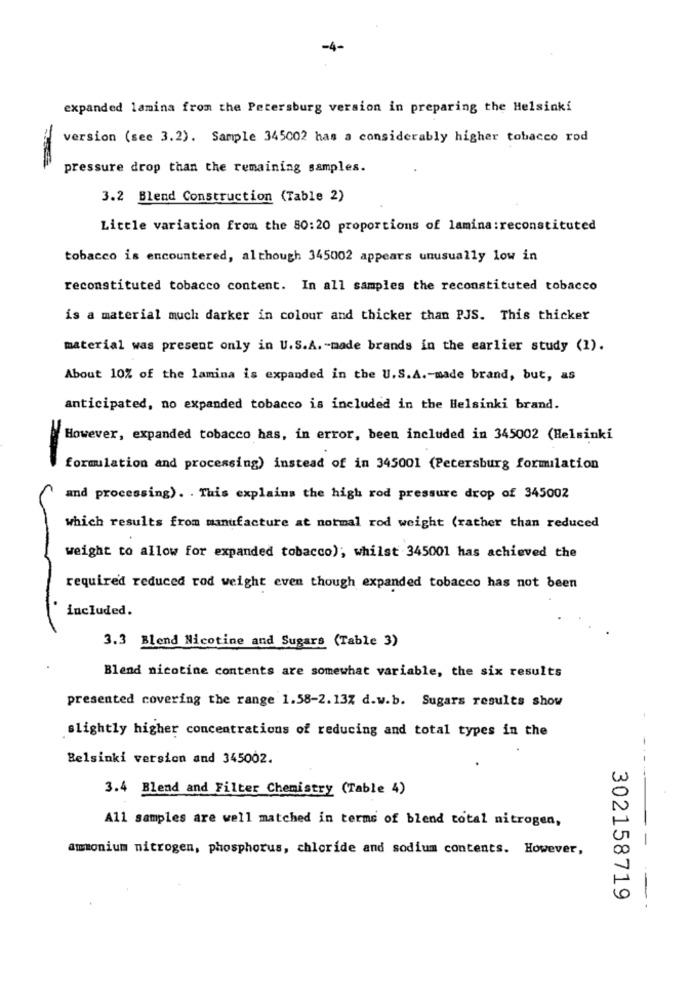
-4-
expanded lamina from the Petersburg version in preparing the Helsinki
version (see 3.2). Sample 345002 has a considerably higher tobacco rod
pressure drop than the remaining samples.
3.2 Blend Construction (Table 2)
Little variation from the 80:20 proportions of lamina:reconstituted
tobacco is encountered, although 345002 appears unusually low in
reconstituted tobacco content. In all samples the reconstituted tobacco
is a material much darker in colour and thicker than PJS. This thicker
material was present only in U.S.A. - made brands in the earlier study (1).
About 10% of the lamina is expanded in the U.S.A .- made brand, but, as
anticipated, no expanded tobacco is included in the Helsinki brand.
However, expanded tobacco has, in error, been included in 345002 (Helsinki
formulation and processing) instead of in 345001 (Petersburg formilation
and processing). . This explains the high rod pressure drop of 345002
which results from manufacture at normal rod weight (rather than reduced
weight to allow for expanded tobacco); whilst 345001 has achieved the
required reduced rod weight even though expanded tobacco has not been
included.
3.3 Blend Nicotine and Sugars (Table 3)
Blend nicotine contents are somewhat variable, the six results
presented covering the range 1.58-2.13% d.w.b. Sugars results show
slightly higher concentrations of reducing and total types in the
Belsinki version and 345002.
3.4 Blend and Filter Chemistry (Table 4)
All samples are well matched in terms of blend total nitrogen,
ammonium nitrogen, phosphorus, chloride and sodium contents. However,
302158719